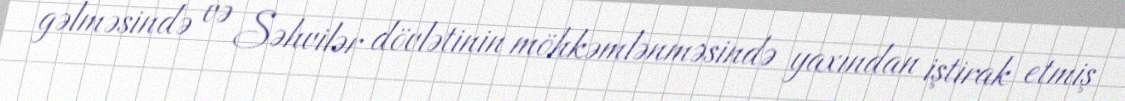
gəlməsində və Səhvilər dövlətinin möhkəmlənməsində yaxından iştirak etmiş